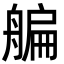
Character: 艑